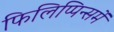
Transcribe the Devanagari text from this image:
फिलिप्पिन्समें